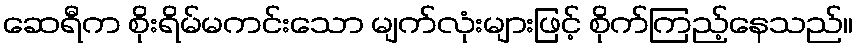
ဆေရီက စိုးရိမ်မကင်းသော မျက်လုံးများဖြင့် စိုက်ကြည့်နေသည်။